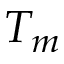
T _ { m }